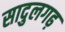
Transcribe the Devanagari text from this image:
सादुलगढ़